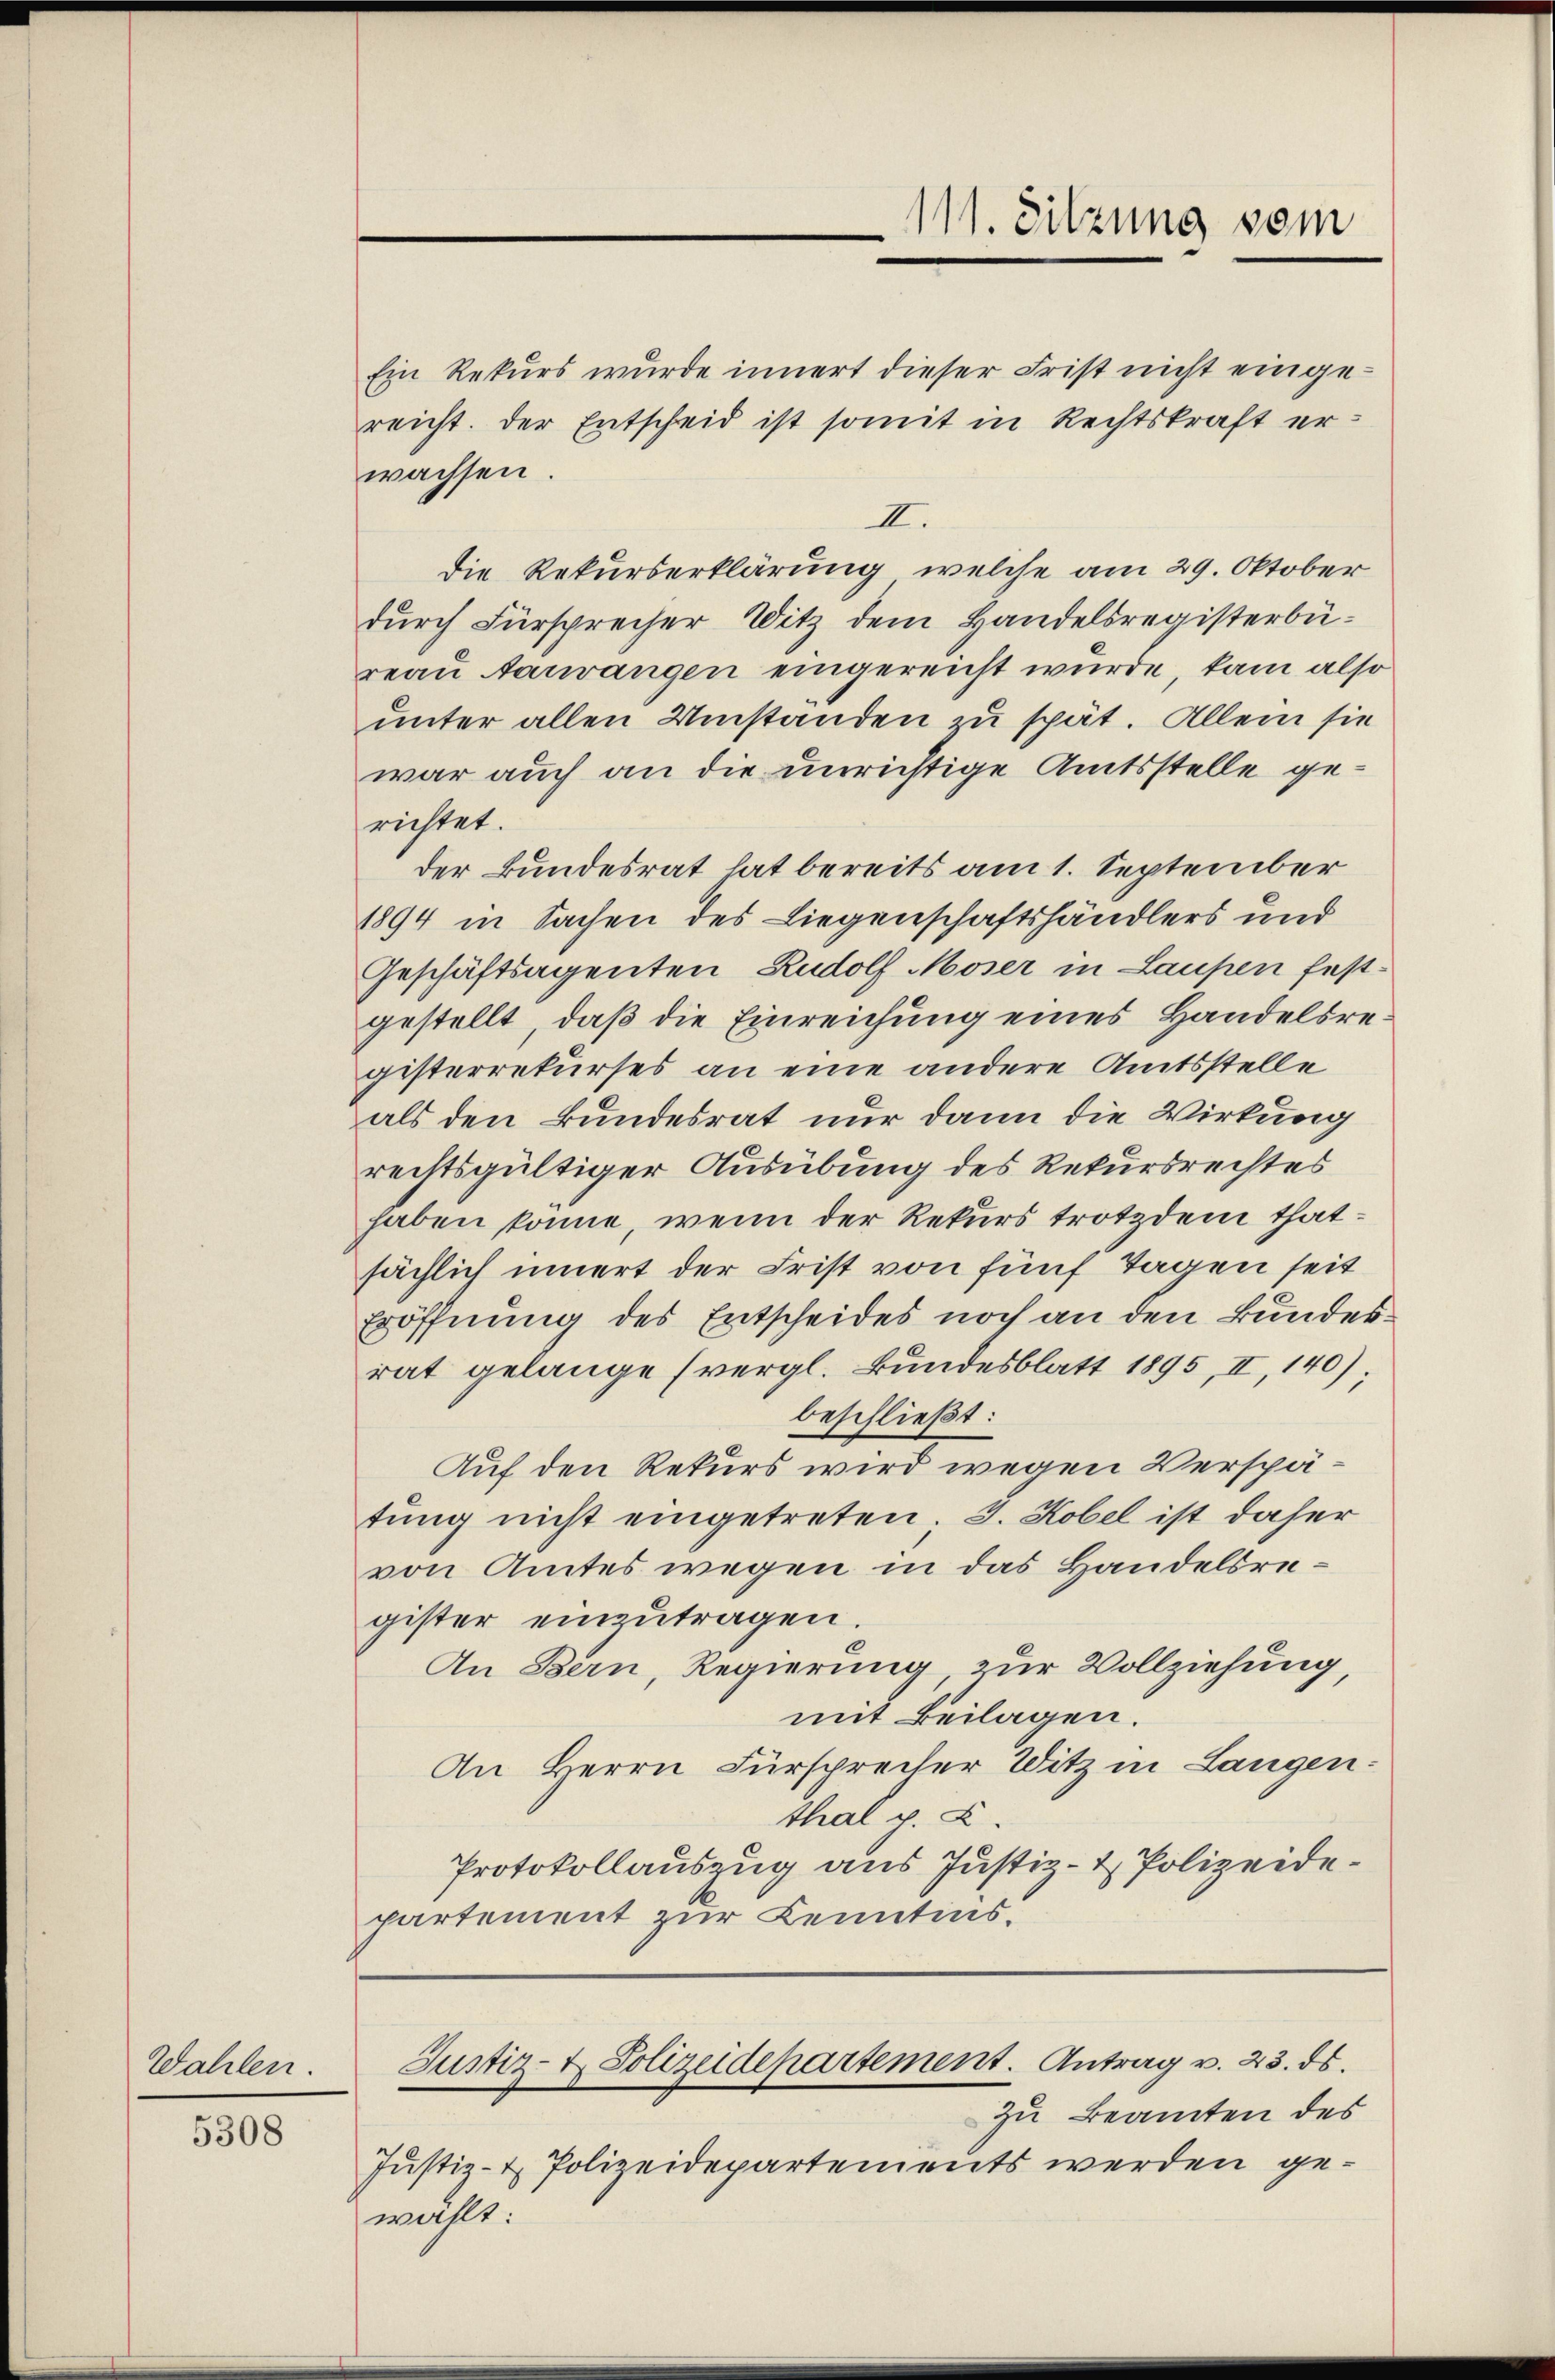
Wahlen.

5308

Ein Rekurs wurde innert dieser Frist nicht eingereicht. Der Entscheid ist somit in Rechtskraft erwachsen.
III.
die Rekurserklärung, welche am 29. Oktober
durch Fürsprecher Witz dem Handelsregisterbureau arrangen eingereicht wurde, kam also
unter allen Umstanden zu spät. Allein sie
war auch an die unrichtige Amtsstelle gerichtet.
der Bundesrat hat bereits am 1. September
1894 in Sachen des Liegenschaftshändlers und
Geschäftsagenten Rudolf Moser in Laupen festgestellt, daß die Einreichung eines Handelsregisterrekurses an eine andere Amtsstelle
als den Bundesrat nur dann die Wirkung
rechtsgültiger Ausübung des Rekursrechtes
haben könne, wenn der Rekurs trotzdem thatsächlich innert der Frist von fünf Tagen seit
Eröffnung des Entscheides noch an den Bundesrat gelange (vergl. Bundesblatt 1895, II, 140);
beschließt:
Auf den Rekurs wird wegen Verspätung nicht eingetreten; 3. Kobel ist daher
von Amtes wegen in das Handelsregister einzutragen.
An Bern, Regierung, zur Vollziehung,
mit Beilagen.
An Herrn Fürsprecher Witz in Langen-
thal p. C.
Protokollauszug aus Justiz- & Polizeidepartement zur Kenntins.

Justiz- & Polizeidepartements werden gewählt:

111. Sitzung vom

Justiz- & Polizeidepartement. Antrag v. 23. ds
zu Beamten des